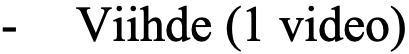
- Viihde (1 video)